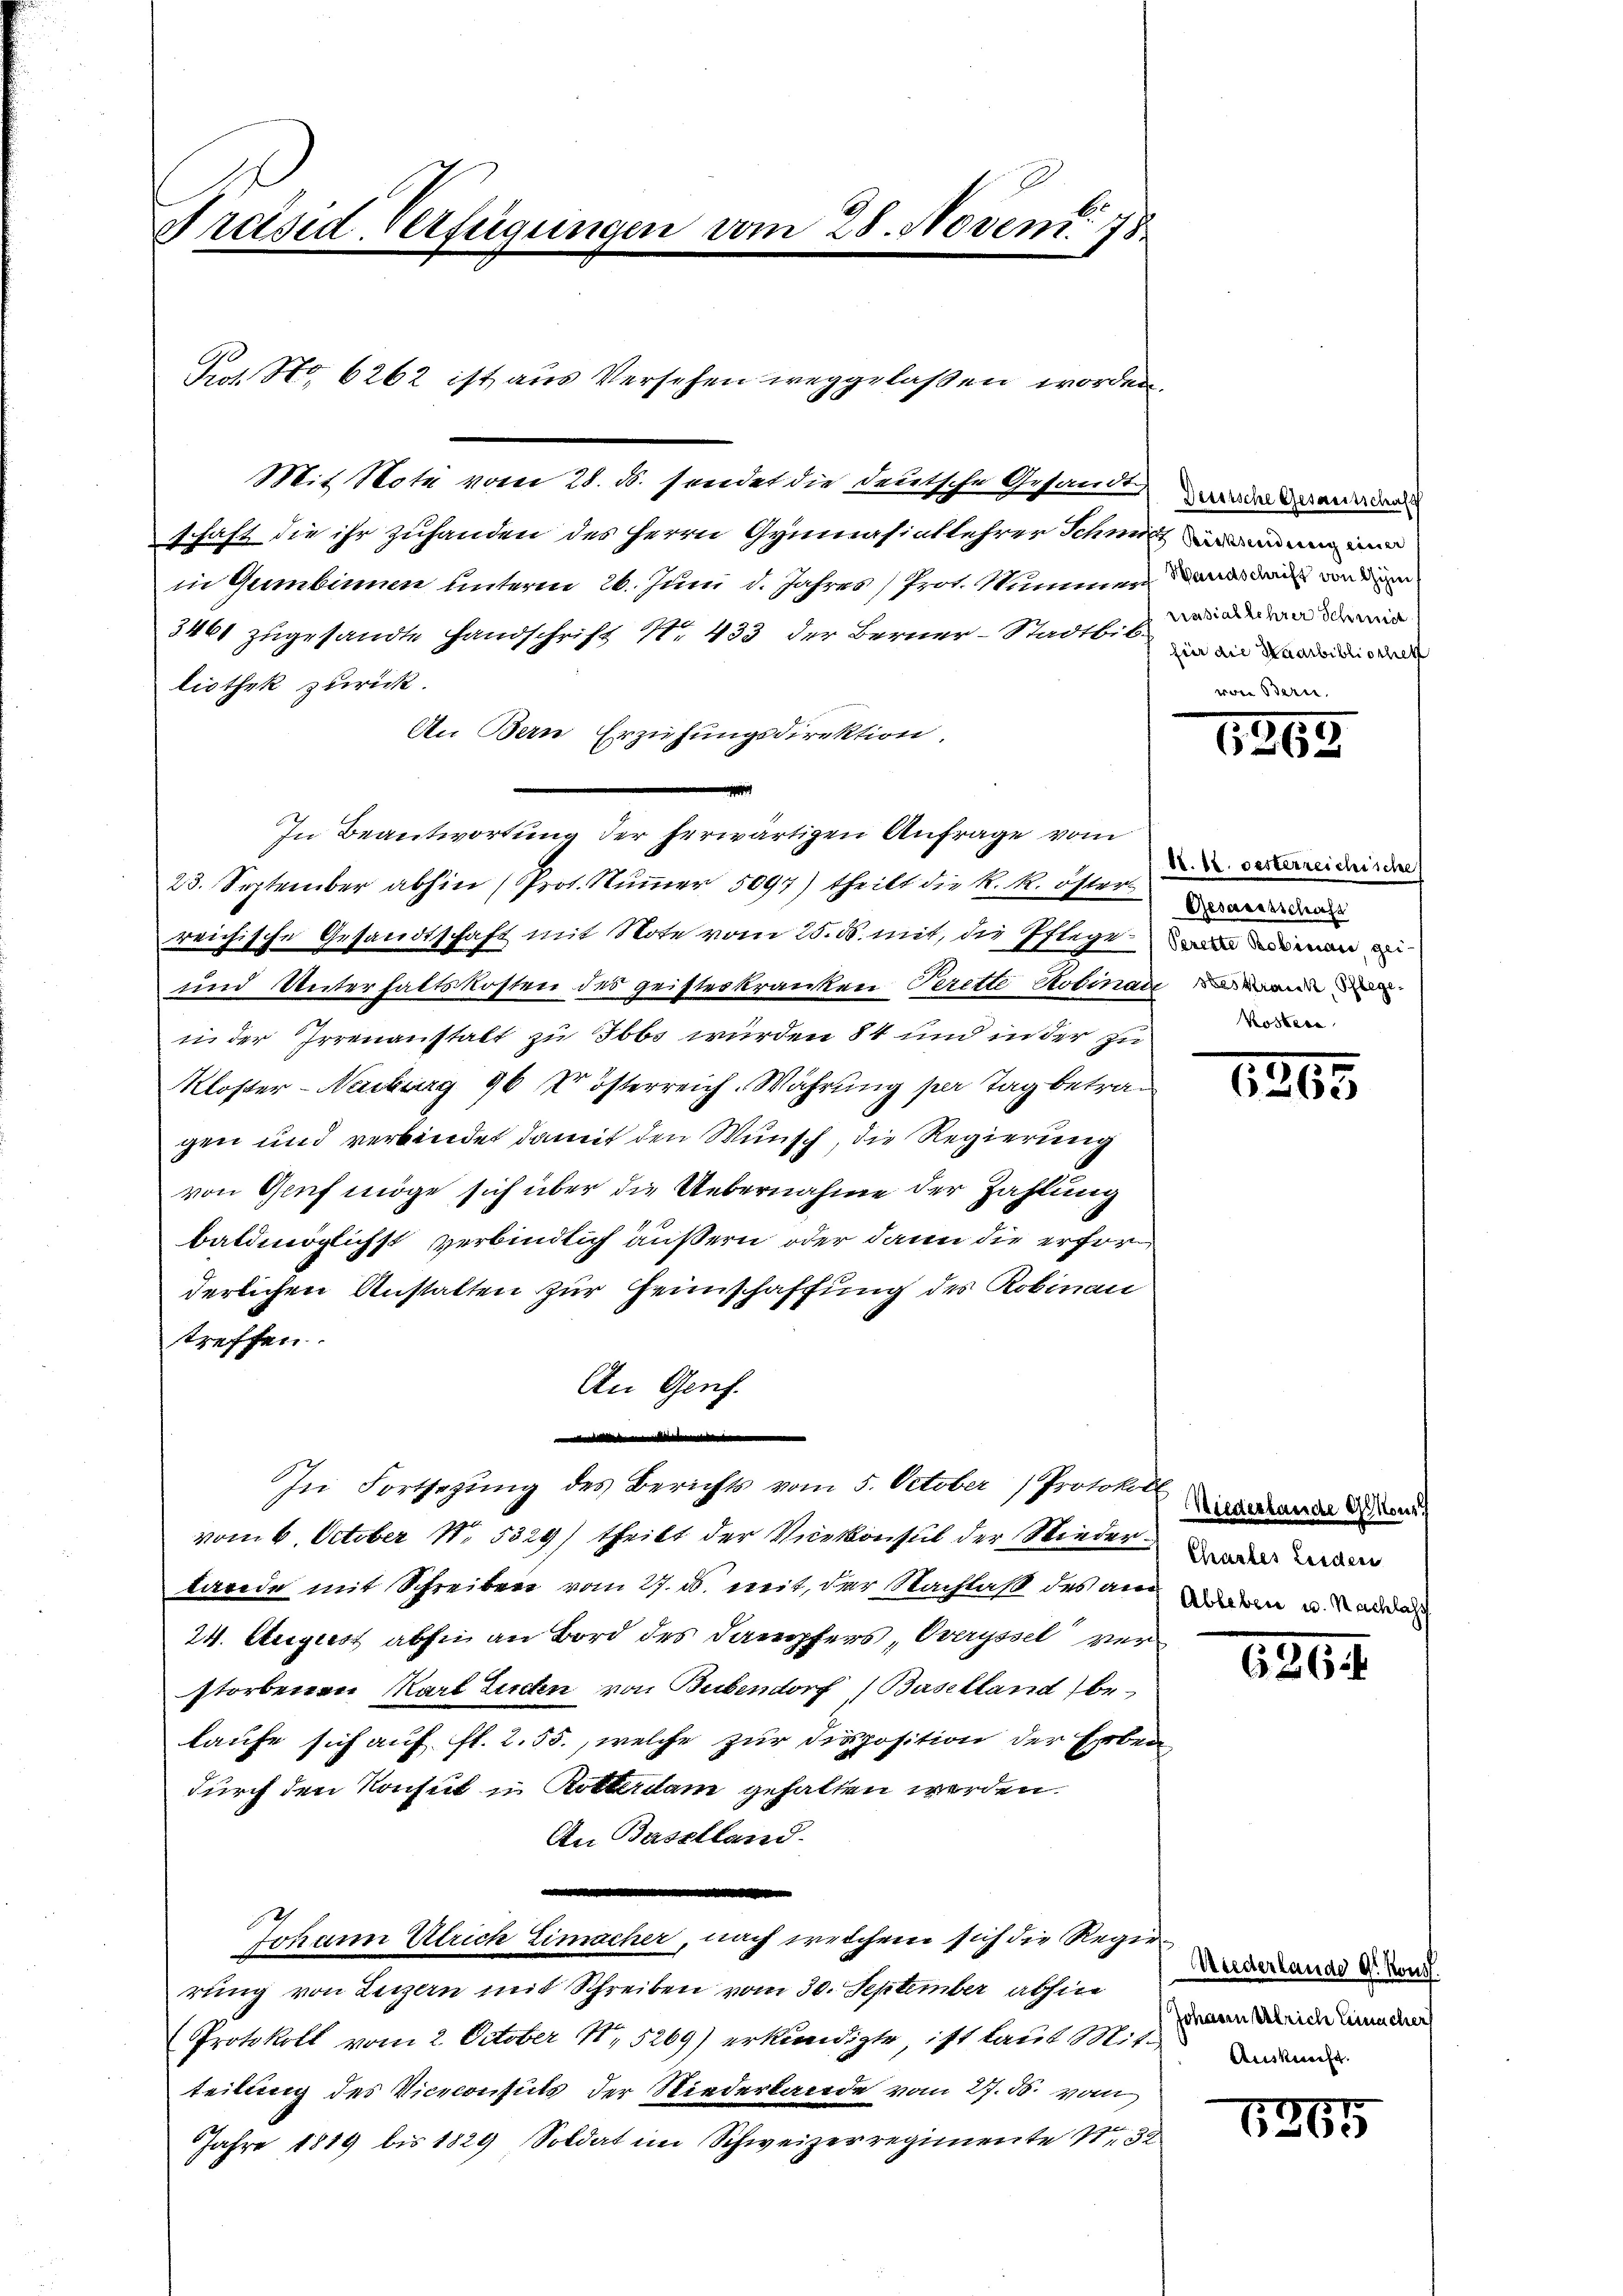
Präsid. Verfügungen vom

Pros. No. 6262 ist aus Versehen weggelaßen worden.

Mit Note vom 28. ds. sendet die deutsche Gesandte anden
schaft die ihr zuhanden des Herrn Gymnasiatlehrer Schmitten in
in Gumbinnen unterm 26. Juni d. Jahres, Prot. Stummen, was dann von dem
3461 zugesandte Handschrift Nr. 433 der Berner-Stadtbib in der die werde
liothek zurück.
An Bern Erziehungsdirektion,
In Beantwortung der herwärtigen Anfrage vom
23. September abhin (Prot. Nummer 5097) theilt die R. R. öster
reichische Gesandtschaft mit Note vom 25. d. mit, die Pflegen an man e
und Unterhaltskosten des geisteskranken Perette Robinat
in der Irrenanstalt zu Ibbs wurden 84 und in der zu¬
Kloster - Neuburg 96 Xr österreich. Währung per Tag betragen und verbindet damit den Wunsch, die Regierung
von Gruf möge sich über die Uebernahme der Zahlung
baldmöglichst verbindlich äußern oder dann die erforderlichen Anstalten zur Heinschaffung des Robinau
treffen.
An Genf.
e
In Fortsezung des Berichts vom 5. October Protokoll ander Gem
vom 6. October N. 5329) theilt der Vicekonsul der Wieder¬
Lande mit Schreiben vom 27. ds. mit, der Nachlaß des am
24. August absi an Bord des Dampfers, Oeryssel verstorbenen Karl Lechn von Bubendorf Baselland be-
laufe sich auf fl. 2. 55., welche zur Disposition der Erben
durch den Konsul in Rotterdam gehalten werden.
An Baselland.
.
Johann Ulrich Limacher, nach welchem sich die Regierung von Luzern mit Schreiben vom 30. September abhin
Protokoll vom 2. October N. 5269) erkundigte, ist laut Mit-
teilung des Viceconsuls der Niederbande vom 27. ds. vom
Jahre 1819 bis 1829 Soldat im Schweizerregimente 132

28. Novem. 78

rrasiallehrer Schneide
were Bern.

1265

18. 12. Oesterreichische
Gesandtschaft
steskranck, Pflege¬
Kosten

1265

Chartes Leiderr
Ableben u. Nachlass

6264

Miederlande d. Kons.
Johann silrich ermacher

6265